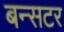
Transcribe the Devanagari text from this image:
बन्सटर